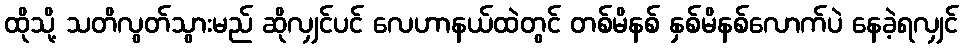
ထိုသို့ သတိလွတ်သွားမည် ဆိုလျှင်ပင် လေဟာနယ်ထဲတွင် တစ်မိနစ် နှစ်မိနစ်လောက်ပဲ နေခဲ့ရလျှင်